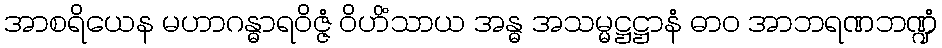
အာစရိယေန မဟာဂန္ဓာရဝိဇ္ဇံ ဝိဟိံသာယ အန္ဓ အသမ္မဋ္ဌဋ္ဌာနံ ဓာဝ အာဘရဏဘဏ္ဍံ